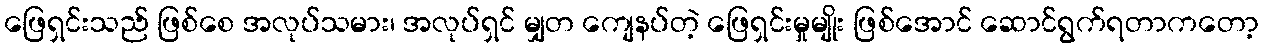
ဖြေရှင်းသည် ဖြစ်စေ အလုပ်သမား၊ အလုပ်ရှင် မျှတ ကျေနပ်တဲ့ ဖြေရှင်းမှုမျိုး ဖြစ်အောင် ဆောင်ရွက်ရတာကတော့